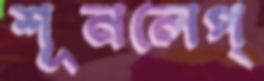
শূনলেপ্